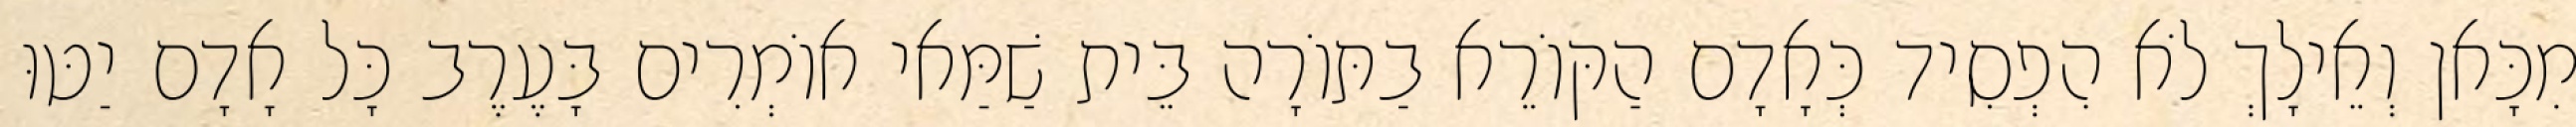
מִכָּאן וְאֵילָךְ לֹא הִפְסִיד כְּאָדָם הַקּוֹרֵא בַתּוֹרָה בֵּית שַׁמַּאי אוֹמְרִים בָּעֶרֶב כָּל אָדָם יַטּוּ